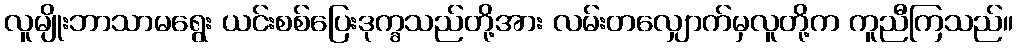
လူမျိုးဘာသာမရွေး ယင်းစစ်ပြေးဒုက္ခသည်တို့အား လမ်းတလျှောက်မှလူတို့က ကူညီကြသည်။